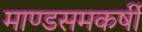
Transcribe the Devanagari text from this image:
माण्डसमकर्षी